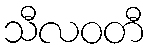
သီလဝတီ